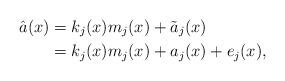
LaTeX: \begin{align*}\hat{a}(x)&=k_{j}(x)m_{j}(x)+\tilde{a}_{j}(x)\\&=k_{j}(x)m_{j}(x)+a_{j}(x)+e_{j}(x),\end{align*}